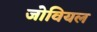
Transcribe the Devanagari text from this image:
जोवियल